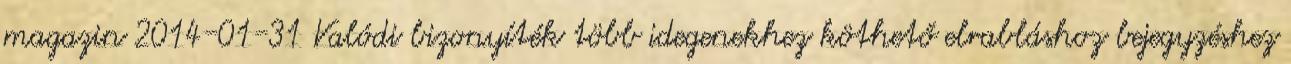
magazin 2014-01-31 Valódi bizonyíték több idegenekhez köthető elrabláshoz bejegyzéshez